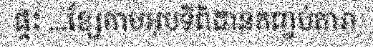
ផ្ទះ ...ខ្សែកាបអុបទិពិដានកញ្ចប់តារា